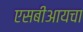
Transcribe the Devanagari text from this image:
एसबीआयचा